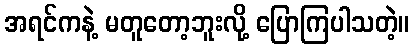
အရင်ကနဲ့ မတူတော့ဘူးလို့ ပြောကြပါသတဲ့။